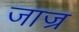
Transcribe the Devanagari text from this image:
जाज्र